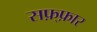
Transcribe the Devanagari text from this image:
सफ़्फ़ार